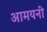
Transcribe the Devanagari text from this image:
आमयनी